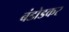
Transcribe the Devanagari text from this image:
बंडोडकर